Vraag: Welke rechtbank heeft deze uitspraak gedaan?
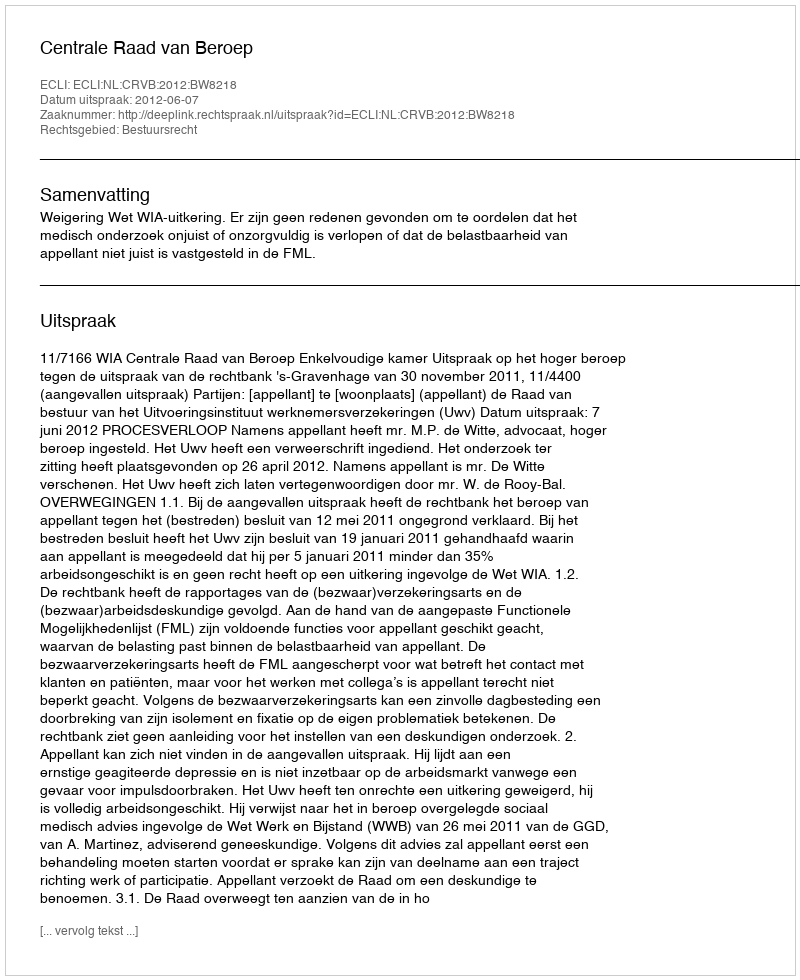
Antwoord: Centrale Raad van Beroep